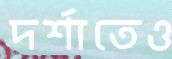
দর্শাতেও